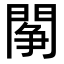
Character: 䦛